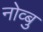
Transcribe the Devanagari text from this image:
नोव्बु